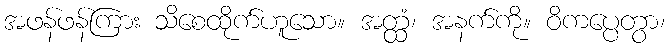
အဖန်ဖန်ကြား သိစေထိုက်ဟူသော။ အတ္ထံ၊ အနက်ကို။ ဝိကပ္ပေတွာ၊